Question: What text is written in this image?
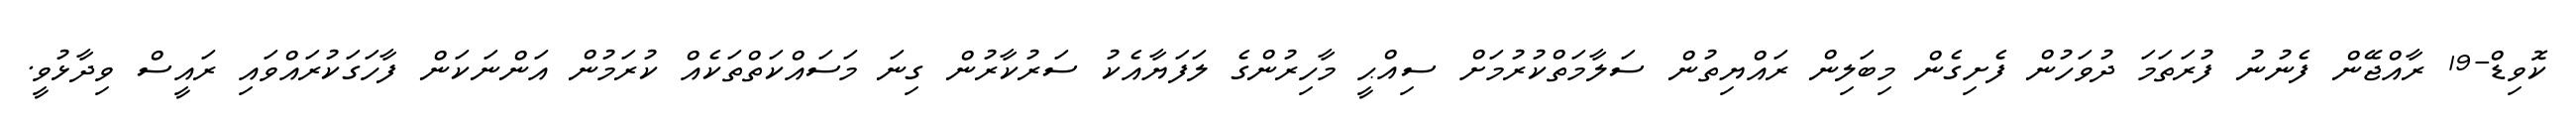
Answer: ކޮވިޑް-19 ރާއްޖޭން ފެނުނު ފުރަތަމަ ދުވަހުން ފެށިގެން މިބަލިން ރައްޔިތުން ސަލާމަތްކުރުމަށް ސިއްޙީ މާހިރުންގެ ލަފަޔާއެކު ސަރުކާރުން ގިނަ މަސައްކަތްތަކެއް ކުރަމުން އަންނަކަން ފާހަގަކުރައްވައި ރައީސް ވިދާޅުވީ.